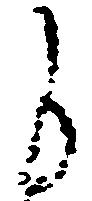
自